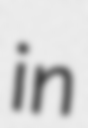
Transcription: in